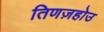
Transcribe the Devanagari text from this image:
तिणज़होउ